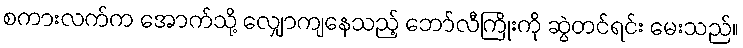
စကားလက်က အောက်သို့ လျှောကျနေသည့် ဘော်လီကြိုးကို ဆွဲတင်ရင်း မေးသည်။